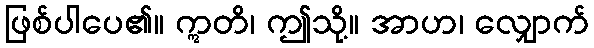
ဖြစ်ပါပေ၏။ ဣတိ၊ ဤသို့။ အာဟ၊ လျှောက်